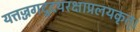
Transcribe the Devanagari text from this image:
यत्तज्जगदुदयरक्षाप्रलयकृत्।